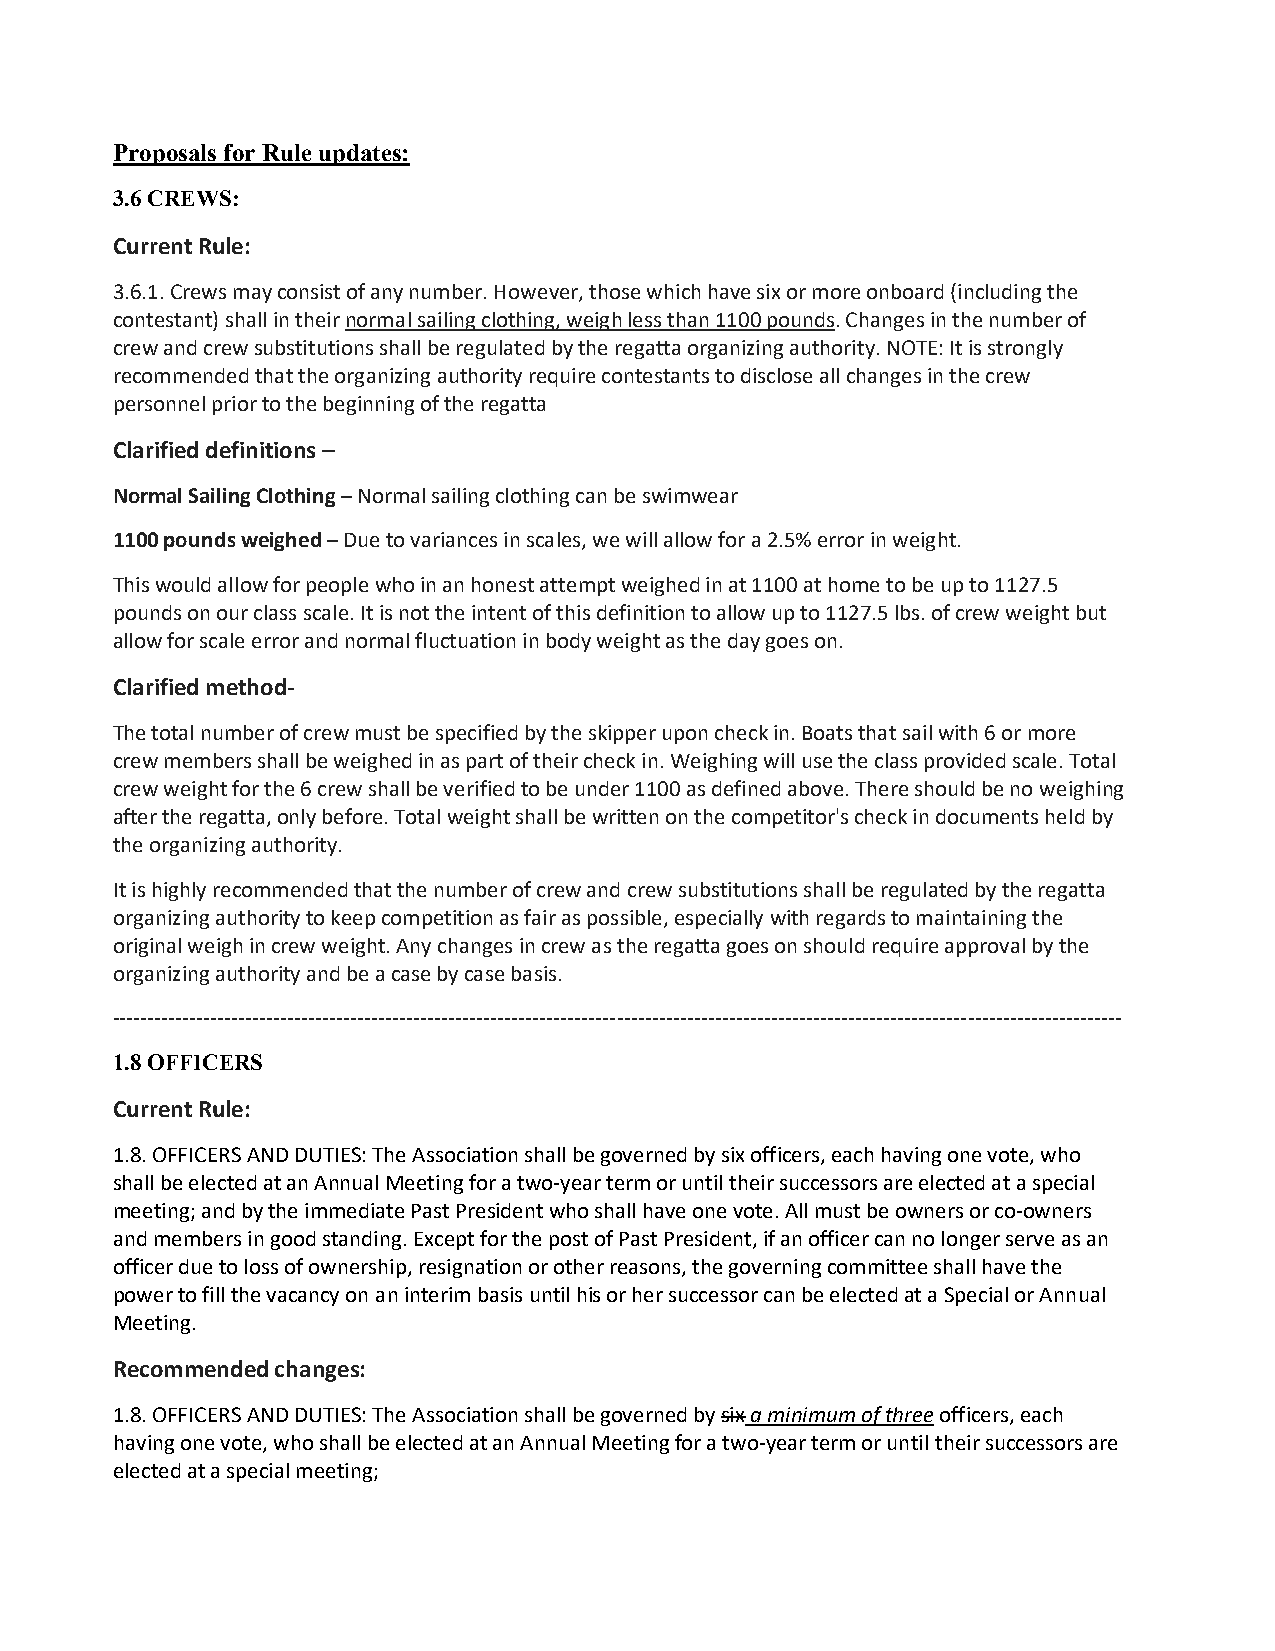
Proposals for Rule updates:
 3.6 CREWS:
 Current Rule:
 3.6.1. Crews may consist of any number. However, those which have six or more onboard (including the
 contestant) shall in their normal sailing clothing, weigh less than 1100 pounds. Changes in the number of
 crew and crew substitutions shall be regulated by the regatta organizing authority. NOTE: It is strongly
 recommended that the organizing authority require contestants to disclose all changes in the crew
 personnel prior to the beginning of the regatta
 Clarified definitions –
 Normal Sailing Clothing – Normal sailing clothing can be swimwear
 1100 pounds weighed – Due to variances in scales, we will allow for a 2.5% error in weight.
 This would allow for people who in an honest attempt weighed in at 1100 at home to be up to 1127.5
 pounds on our class scale. It is not the intent of this definition to allow up to 1127.5 lbs. of crew weight but
 allow for scale error and normal fluctuation in body weight as the day goes on.
 Clarified method-
 The total number of crew must be specified by the skipper upon check in. Boats that sail with 6 or more
 crew members shall be weighed in as part of their check in. Weighing will use the class provided scale. Total
 crew weight for the 6 crew shall be verified to be under 1100 as defined above. There should be no weighing
 after the regatta, only before. Total weight shall be written on the competitor's check in documents held by
 the organizing authority.
 It is highly recommended that the number of crew and crew substitutions shall be regulated by the regatta
 organizing authority to keep competition as fair as possible, especially with regards to maintaining the
 original weigh in crew weight. Any changes in crew as the regatta goes on should require approval by the
 organizing authority and be a case by case basis.
 ------------------------------------------------------------------------------------------------------------------------------------------------
 1.8 OFFICERS
 Current Rule:
 1.8. OFFICERS AND DUTIES: The Association shall be governed by six officers, each having one vote, who
 shall be elected at an Annual Meeting for a two-year term or until their successors are elected at a special
 meeting; and by the immediate Past President who shall have one vote. All must be owners or co-owners
 and members in good standing. Except for the post of Past President, if an officer can no longer serve as an
 officer due to loss of ownership, resignation or other reasons, the governing committee shall have the
 power to fill the vacancy on an interim basis until his or her successor can be elected at a Special or Annual
 Meeting.
 Recommended changes:
 1.8. OFFICERS AND DUTIES: The Association shall be governed by six a minimum of three officers, each
 having one vote, who shall be elected at an Annual Meeting for a two-year term or until their successors are
 elected at a special meeting;